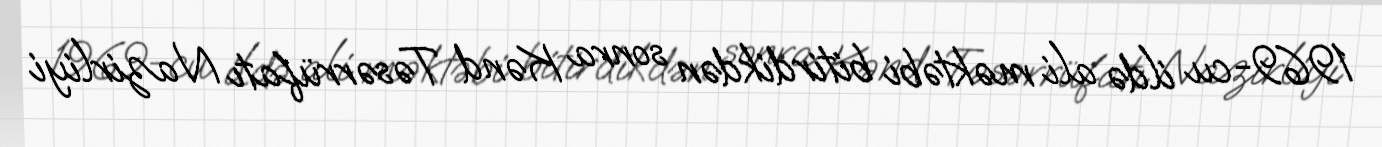
1969-cu ildə ali məktəbi bitirdikdən sonra Kənd Təsərrüfatı Nazirliyi